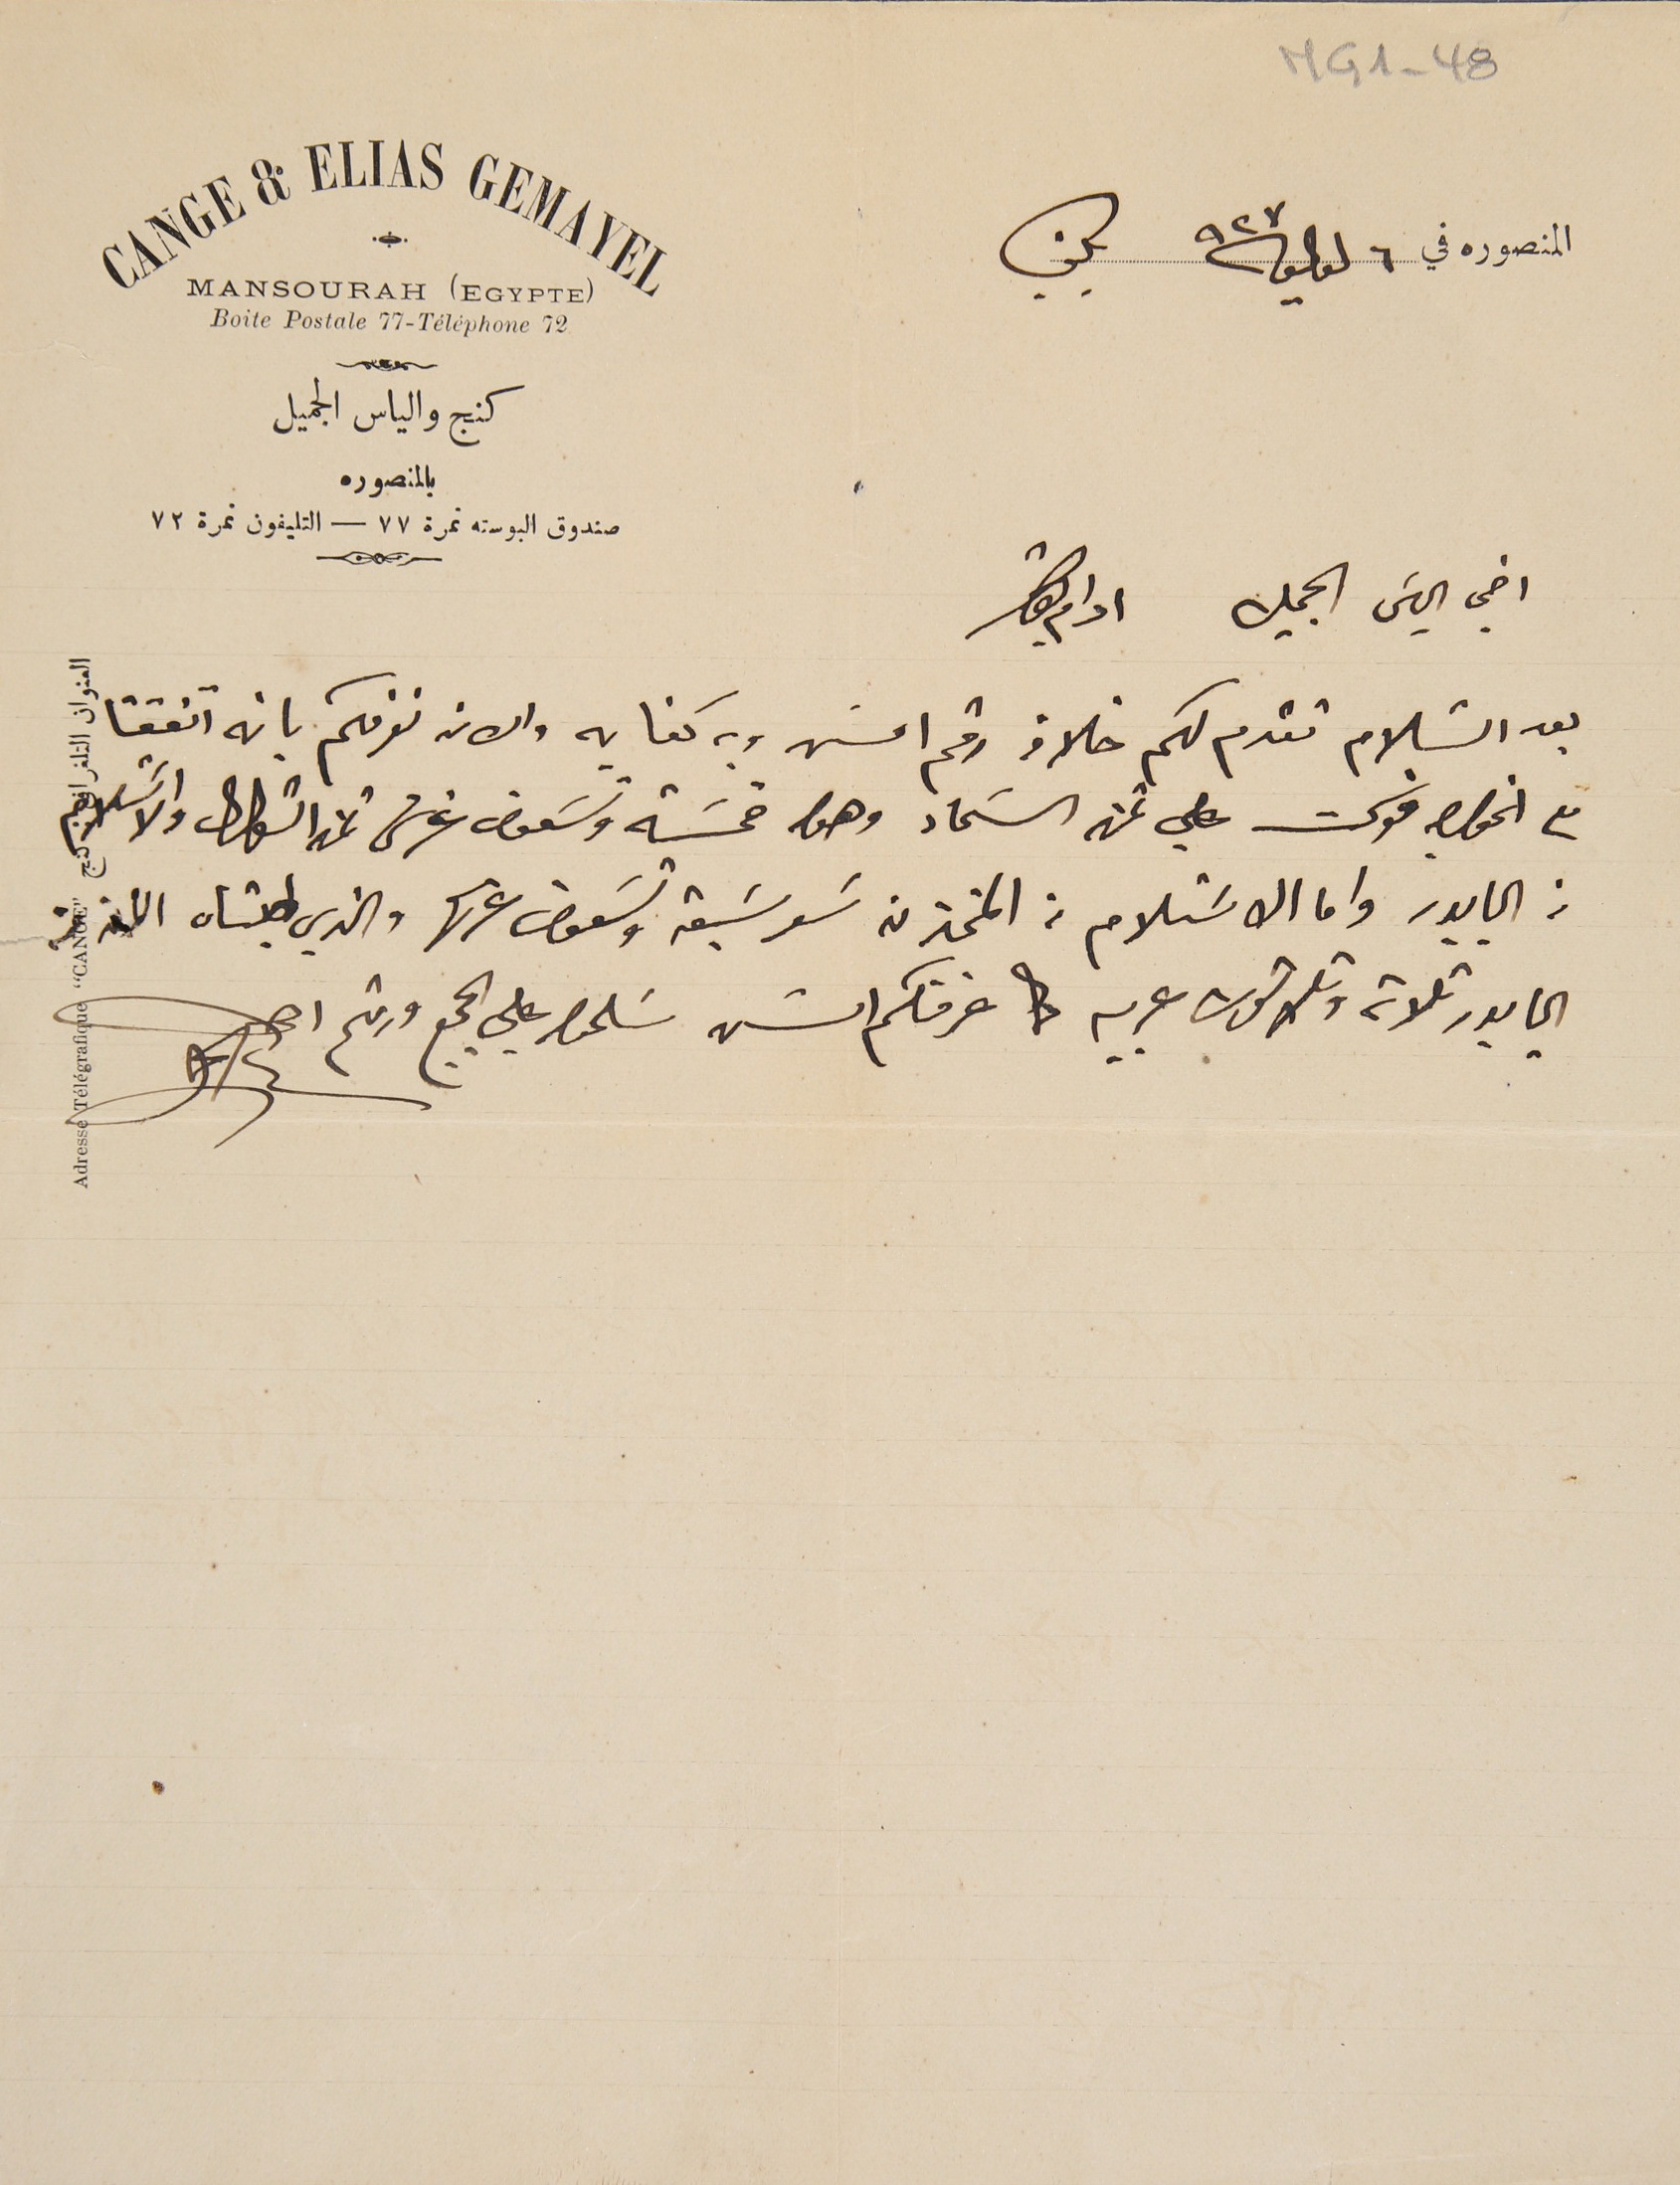
MG1-48
المنصوره في ٦ لوليو ٩٢٧ بكفيا
اخي الياسَ الجميل ادام بقاك
بعد السَلام تقدم لكم خلاف رقم امسَ وبه كفايه والان نعرفكم بانه اتفقنا
مع الخواجه فوكت علي ثمن السَماد وهوا خمسَة وتسَعون غرش ثمن الشوال والاسَتلام
من البابور واما الاسَتلام من المخزن سَعر سَبعة وتسَعون غرش والذي طلبناه الان من
البابور ثلاثة وثلاثون عربية عرفتكم امسَ سَلمولي على الجميع ودمتم
CANGE & ELIAS GEMAYEL
MANSOURAH (EGYPTE)
كنج والياس الجميل
صندوق البوسته نمرة ٧٧ – التليفون نمرة ٧٢
Boite Postale 77-Téléphone 72
بالمنصوره